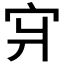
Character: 𪧇